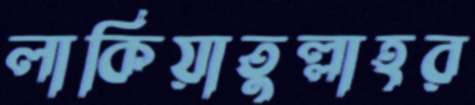
লাকিয়াতুল্লাহর